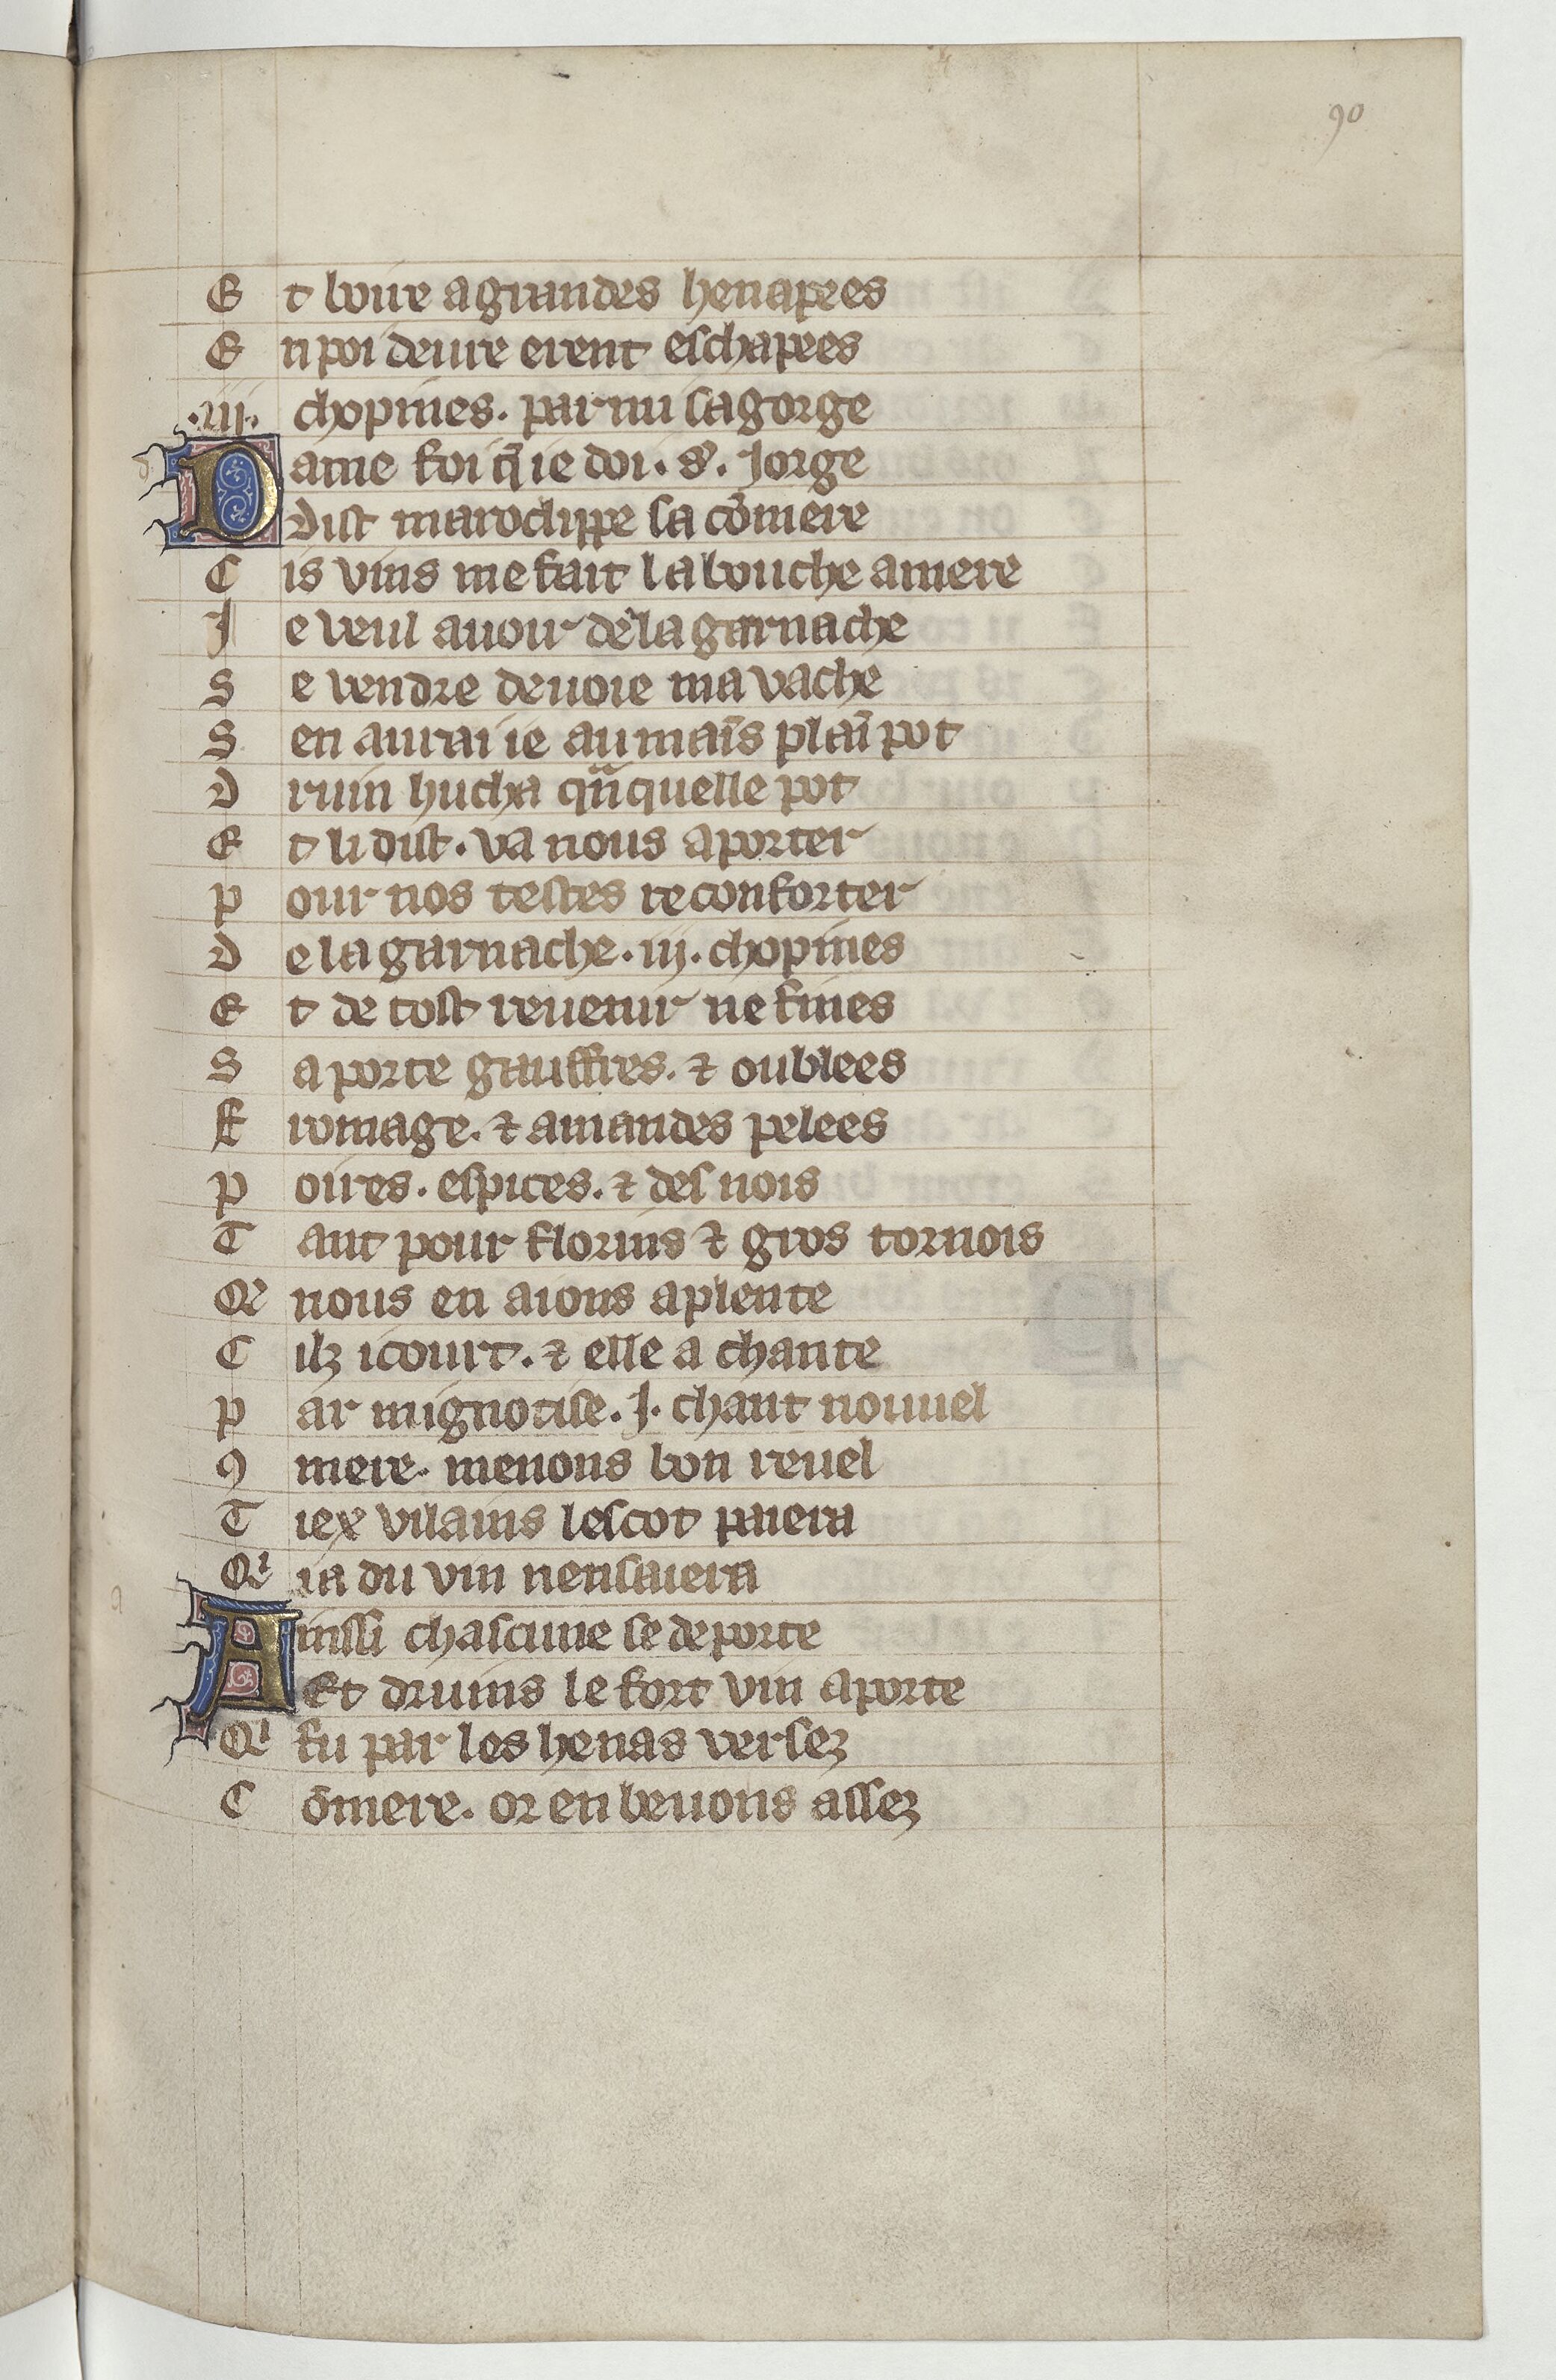
Shelfmark: Paris, BnF, Arsenal ms. 3525
Century: 14